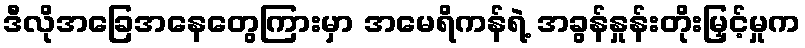
ဒီလိုအခြေအနေတွေကြားမှာ အမေရိကန်ရဲ့ အခွန်နှုန်းတိုးမြှင့်မှုက